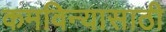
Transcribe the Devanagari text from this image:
कमविन्यासाठी